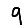
Digit: 9